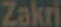
Zakri